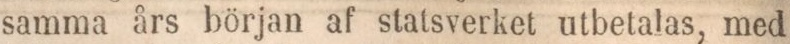
samma års början af statsverket utbetalas, med